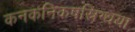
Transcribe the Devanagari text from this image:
कनकनिकषस्निग्धया